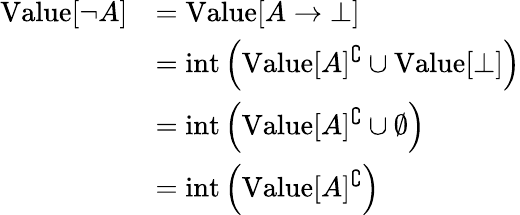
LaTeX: {\begin{array}{rl}{{\mathrm{Value}}[\neg A]}&{={\mathrm{Value}}[A\to\bot]}\\ &{={\mathrm{int}}\left({\mathrm{Value}}[A]^{\complement}\cup{\mathrm{Value}}[\bot]\right)}\\ &{={\mathrm{int}}\left({\mathrm{Value}}[A]^{\complement}\cup\emptyset\right)}\\ &{={\mathrm{int}}\left({\mathrm{Value}}[A]^{\complement}\right)}\end{array}}